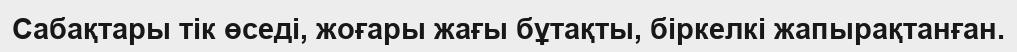
Сабақтары тік өседі, жоғары жағы бұтақты, біркелкі жапырақтанған.